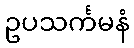
ဥပသင်္ကမနံ